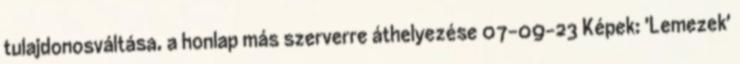
tulajdonosváltása, a honlap más szerverre áthelyezése 07-09-23 Képek: 'Lemezek'